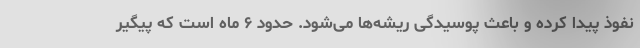
نفوذ پیدا کرده و باعث پوسیدگی ریشه‌ها می‌شود. حدود ۶ ماه است که پیگیر